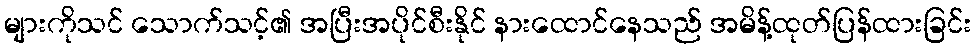
များကိုသင် သောက်သင့်၏ အပြီးအပိုင်စီးနိုင် နားထောင်နေသည် အမိန့်ထုတ်ပြန်ထားခြင်း